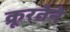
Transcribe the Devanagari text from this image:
क्रूरतेने